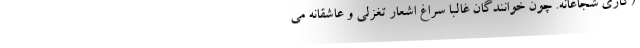
(کاری شجاعانه. چون خوانندگان غالباً سراغ اشعار تغزلی و عاشقانه می